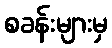
စခန်းများမှ